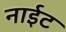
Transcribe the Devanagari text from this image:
नाईट